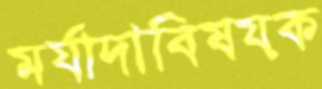
মর্যাদাবিষয়ক